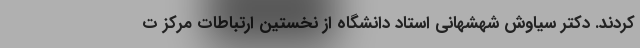
کردند. دکتر سیاوش شهشهانی استاد دانشگاه از نخستین ارتباطات مرکز ت